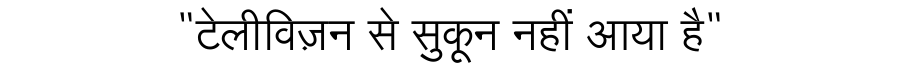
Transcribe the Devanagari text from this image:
"टेलीविज़न से सुकून नहीं आया है"